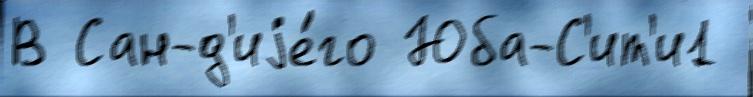
В Сан-д'иjе́го Юба-С'ит'и1